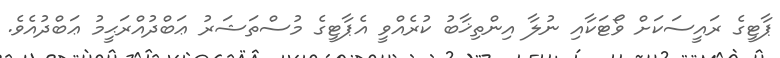
ޕާޓީގެ ރައީސަކަށް ވޯޓަކާއި ނުލާ އިންތިޚާބު ކުރެއްވީ އެޕާޓީގެ މުސްތަޝަރު ޢަބްދުއްރަޙީމު ޢަބްދުއެވެ.